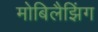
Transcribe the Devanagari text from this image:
मोबिलैझिंग